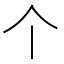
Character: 个